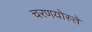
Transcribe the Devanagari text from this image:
चरणयोस्ते